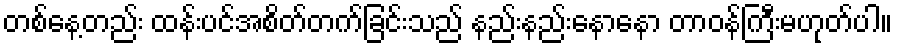
တစ်နေ့တည်း ထန်းပင်အစိတ်တက်ခြင်းသည် နည်းနည်းနောနော တာဝန်ကြီးမဟုတ်ပါ။